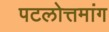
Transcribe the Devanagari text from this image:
पटलोत्तमांग